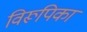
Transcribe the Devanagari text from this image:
विरूपिका